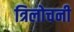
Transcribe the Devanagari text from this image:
त्रिलोचनी